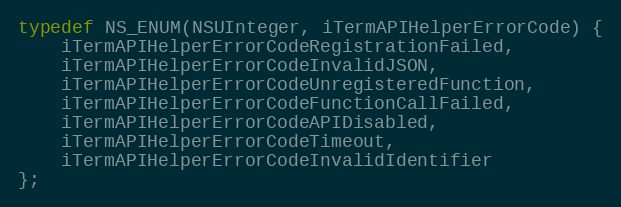
Language: C
typedef NS_ENUM(NSUInteger, iTermAPIHelperErrorCode) {
    iTermAPIHelperErrorCodeRegistrationFailed,
    iTermAPIHelperErrorCodeInvalidJSON,
    iTermAPIHelperErrorCodeUnregisteredFunction,
    iTermAPIHelperErrorCodeFunctionCallFailed,
    iTermAPIHelperErrorCodeAPIDisabled,
    iTermAPIHelperErrorCodeTimeout,
    iTermAPIHelperErrorCodeInvalidIdentifier
};